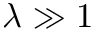
\lambda \gg 1